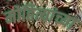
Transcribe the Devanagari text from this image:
मोहित्यांच्या